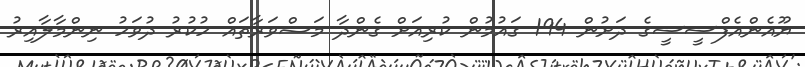
ޔޫއެންއެފްސީސީގެ ދަށުން 194 ގައުމުން ކުރިއަށް ގެންދާ މަޝްވަރާތައް ހުކުރު ދުވަހު ނިންމާލާއިރު